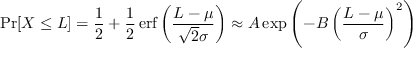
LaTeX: \operatorname* { P r } [ X \leq L ] = { \frac { 1 } { 2 } } + { \frac { 1 } { 2 } } \operatorname { e r f } \left( { \frac { L - \mu } { { \sqrt { 2 } } \sigma } } \right) \approx A \exp \left( - B \left( { \frac { L - \mu } { \sigma } } \right) ^ { 2 } \right)